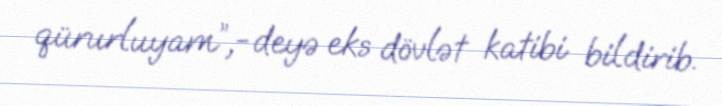
qürurluyam”,-deyə eks dövlət katibi bildirib.